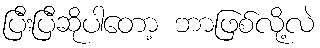
ပြီးပြီဆိုပါတော့ ဘာဖြစ်လို့လဲ